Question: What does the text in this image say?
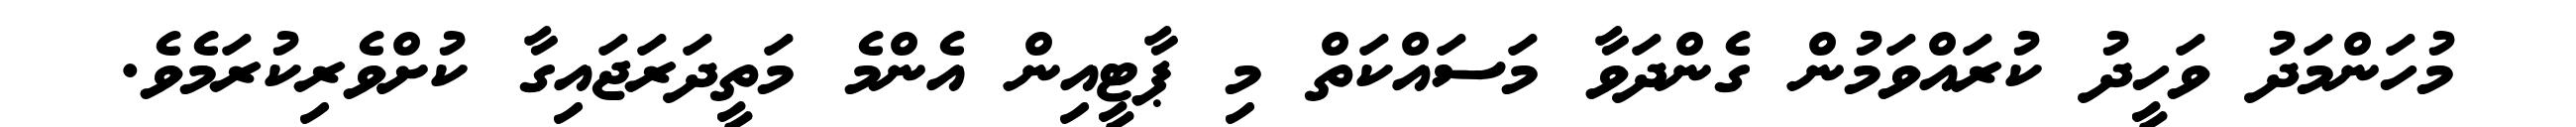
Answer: މުހަންމަދު ވަހީދު ކުރައްވަމުން ގެންދަވާ މަސައްކަތް މި ޕާޓީއިން އެންމެ މަތީދަރަޖައިގާ ކުށްވެރިކުރަމެވެ.